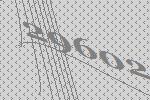
29602